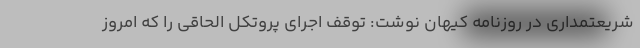
شریعتمداری در روزنامه کیهان نوشت: توقف اجرای پروتکل الحاقی را که امروز